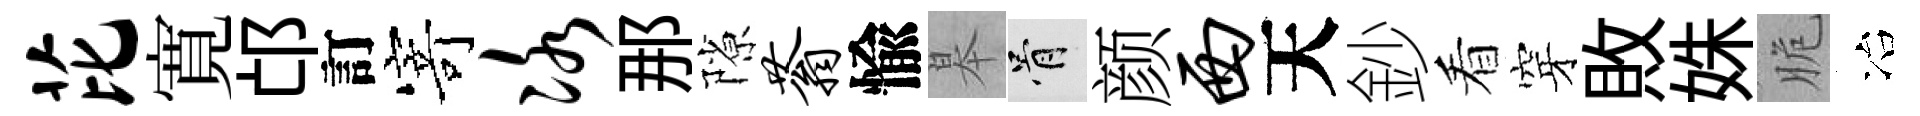
芘寛邙訂𭔃冰那隙蓊愉皋骨颜西天鈔看穿敗姝脆冶